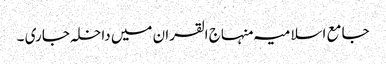
جامع اسلامیہ منہاج القران میں داخلہ جاری ۔